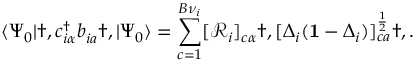
\langle \Psi _ { 0 } | \dag , c _ { i \alpha } ^ { \dagger } b _ { i a } ^ { \phantom { \dagger } } \dag , | \Psi _ { 0 } \rangle = \sum _ { c = 1 } ^ { B { \nu } _ { i } } [ \mathcal { R } _ { i } ] _ { c \alpha } \dag , [ \Delta _ { i } ( \mathbf { 1 } - \Delta _ { i } ) ] _ { c a } ^ { \frac { 1 } { 2 } } \dag , .